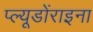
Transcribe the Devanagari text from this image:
प्ल्यूडोंराइना